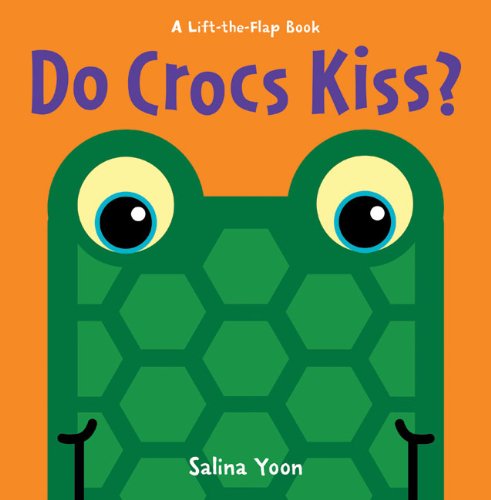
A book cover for Do Crocs Kiss? (A Lift-the-Flap Book); Salina Yoon; Children's Books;